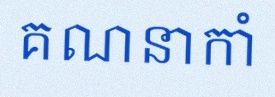
គណនាកាំ